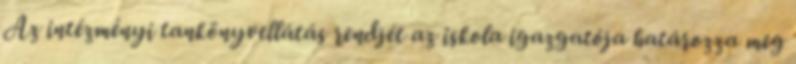
Az intézményi tankönyvellátás rendjét az iskola igazgatója határozza meg